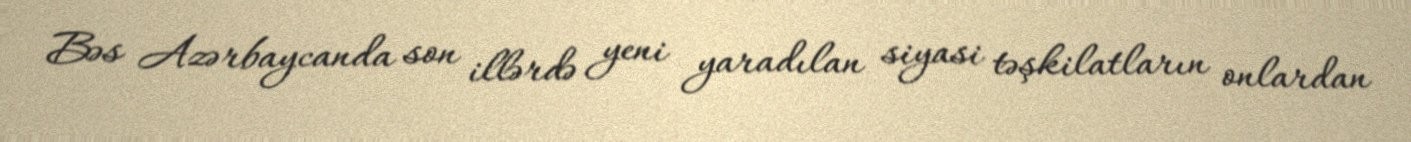
Bəs Azərbaycanda son illərdə yeni yaradılan siyasi təşkilatların onlardan